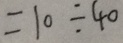
= 1 0 \div 4 0